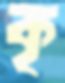
কৃ